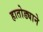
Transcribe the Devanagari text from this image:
हातोड्याने